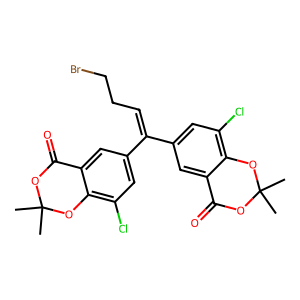
SMILES: CC1(C)OC(=O)c2cc(C(=CCCBr)c3cc(Cl)c4c(c3)C(=O)OC(C)(C)O4)cc(Cl)c2O1
Inhibits HIV replication: No